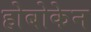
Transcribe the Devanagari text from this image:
होबोकेन